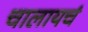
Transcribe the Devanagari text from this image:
चालायचं